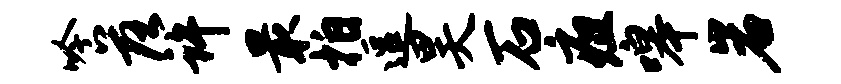
吟落许最拍逗昊石疽嗥岩